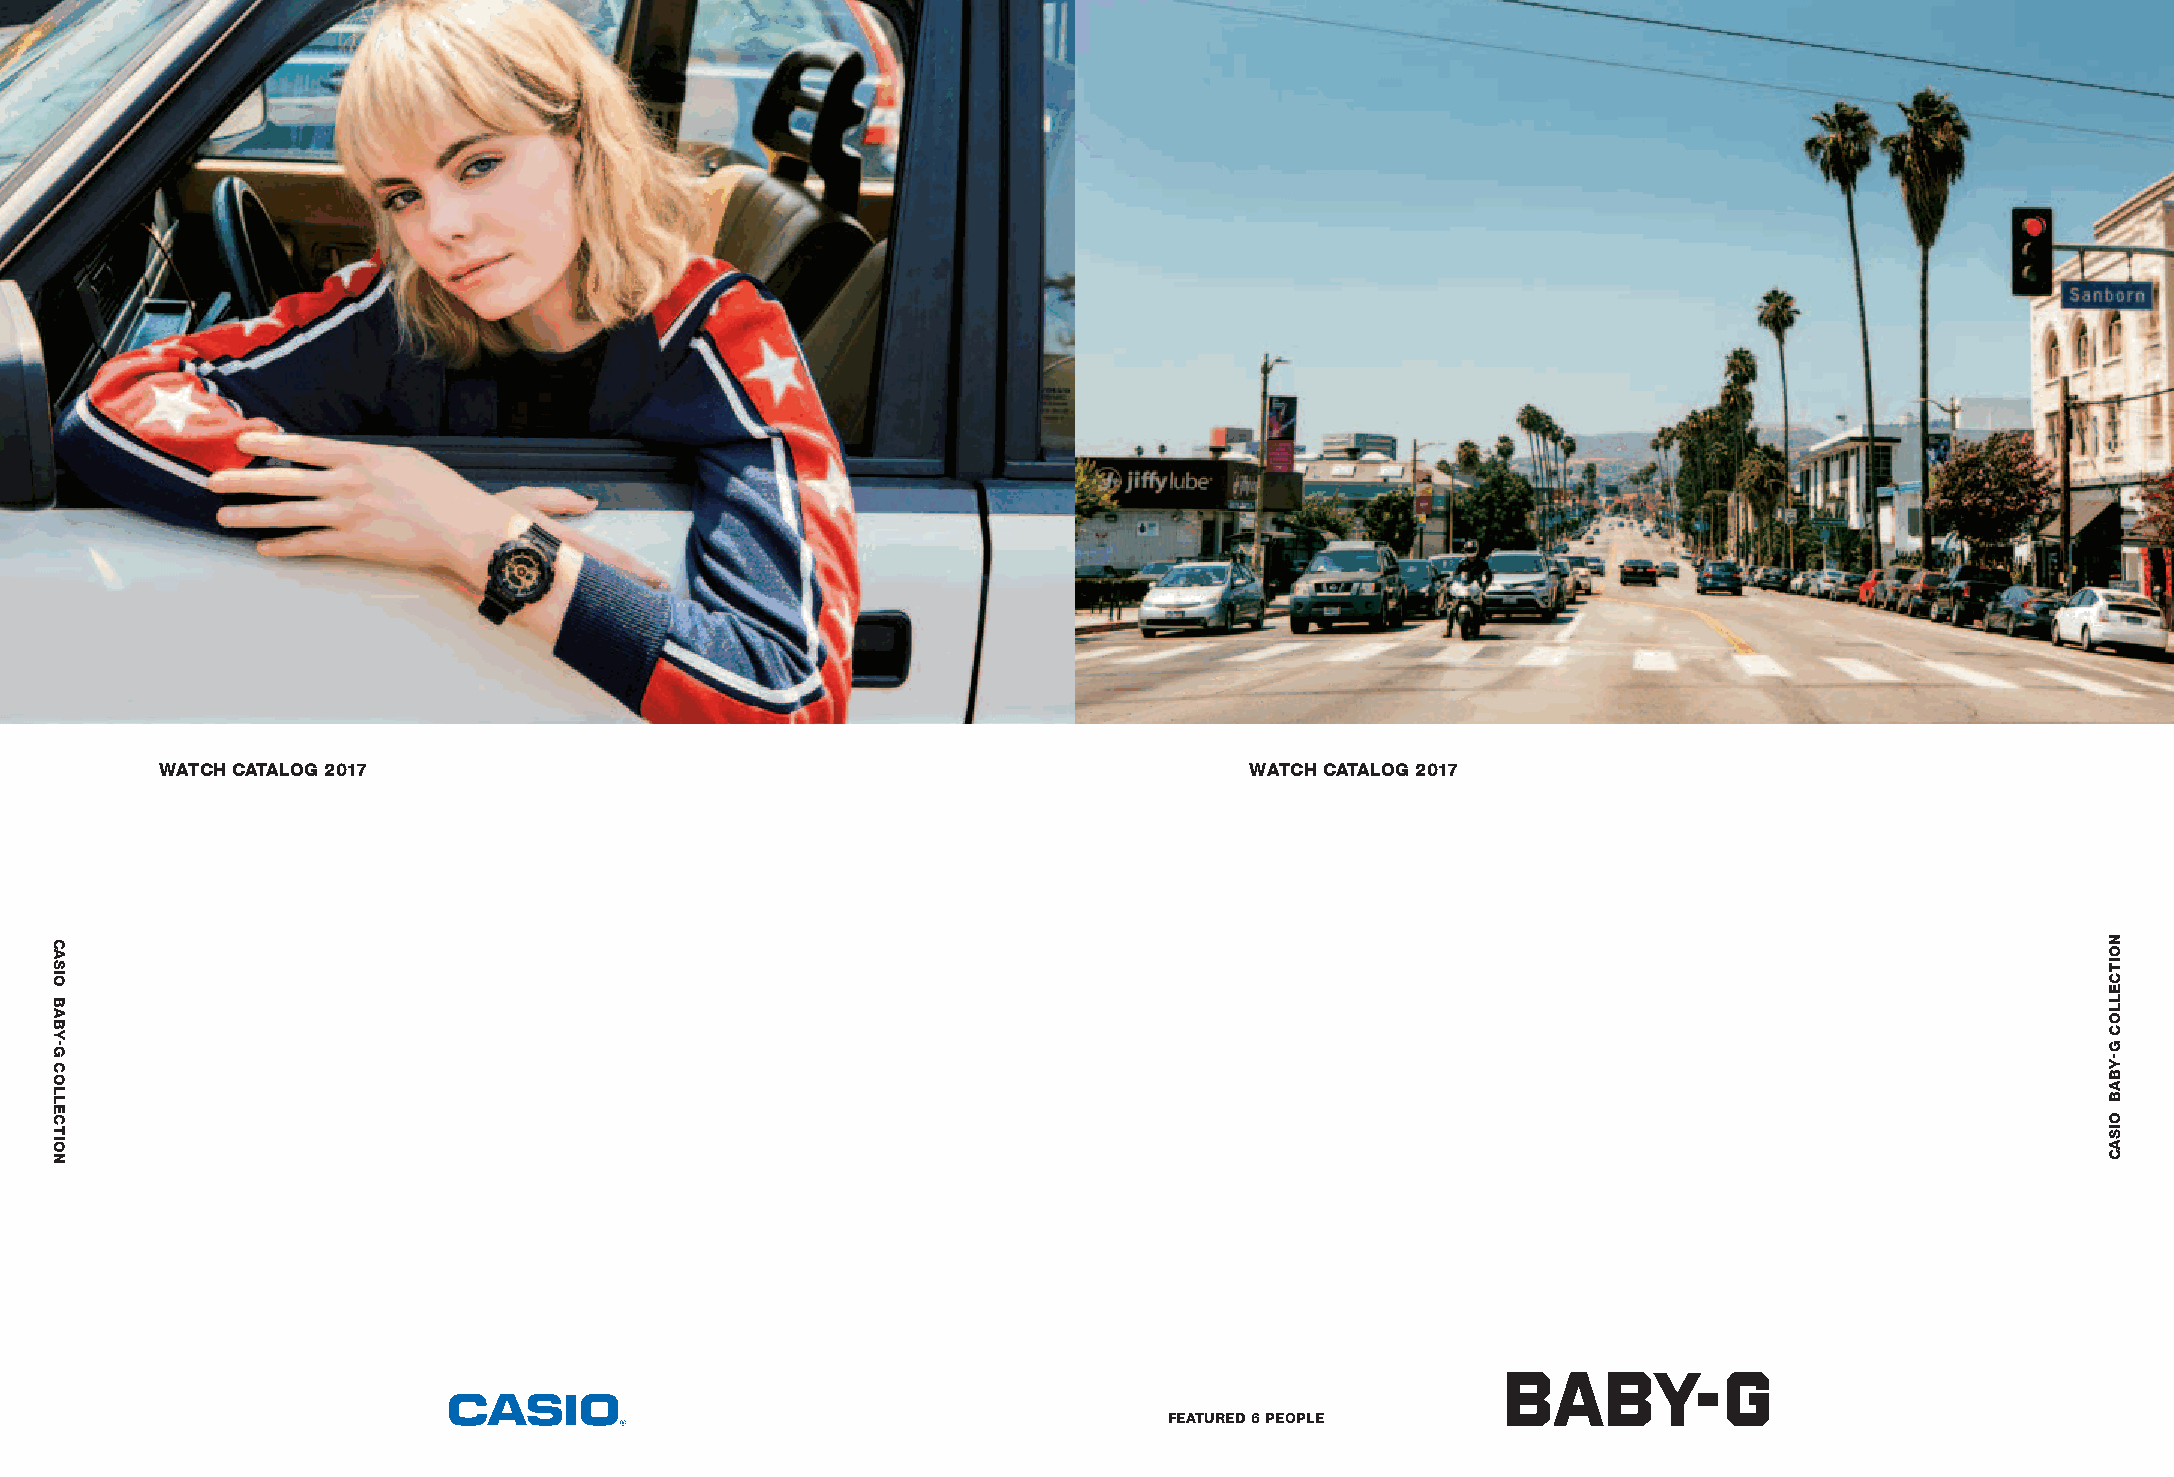
WATCH CATALOG 2017                                                      WATCH CATALOG 2017
 FEATURED 6 PEOPLE
 CASIO
 BABY-G
 COLLECTION
 NOITCELLOC
 G-YBAB
 OISAC